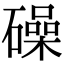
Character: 𥖨